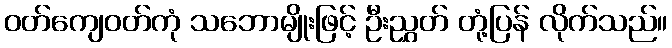
ဝတ်ကျေဝတ်ကုံ သဘောမျိုးဖြင့် ဦးညွှတ် တုံ့ပြန် လိုက်သည်။